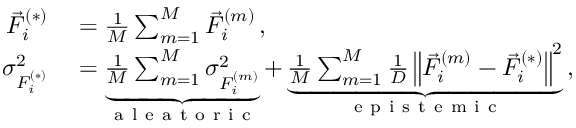
\begin{array} { r l } { \vec { F } _ { i } ^ { ( * ) } } & { { } = \frac { 1 } { M } \sum _ { m = 1 } ^ { M } \vec { F } _ { i } ^ { ( m ) } \, , } \\ { \sigma _ { F _ { i } ^ { ( * ) } } ^ { 2 } } & { { } = \underbrace { \frac { 1 } { M } \sum _ { m = 1 } ^ { M } \sigma _ { F _ { i } ^ { ( m ) } } ^ { 2 } } _ { \mathrm { ~ a ~ l ~ e ~ a ~ t ~ o ~ r ~ i ~ c ~ } } + \underbrace { \frac { 1 } { M } \sum _ { m = 1 } ^ { M } \frac { 1 } { D } \left\| \vec { F } _ { i } ^ { ( m ) } - \vec { F } _ { i } ^ { ( * ) } \right\| ^ { 2 } } _ { \mathrm { ~ e ~ p ~ i ~ s ~ t ~ e ~ m ~ i ~ c ~ } } \, , } \end{array}